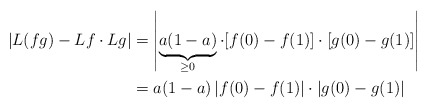
\begin{align*}\left|L(fg)-Lf\cdot Lg\right|&=\left|\underbrace{a(1-a)}_{\geq 0}\cdot[f(0)-f(1)]\cdot[g(0)-g(1)]\right|\\&=a(1-a)\left|f(0)-f(1)\right|\cdot\left|g(0)-g(1)\right|\end{align*}